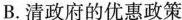
B.清政府的优惠政策